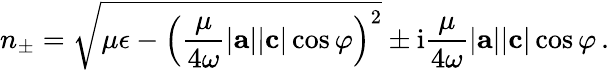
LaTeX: n_{\pm}=\sqrt{\mu\epsilon-\left(\frac{\mu}{{4\omega}}|\mathbf{a}||\mathbf{c}|\cos\varphi\right)^{2}}\pm\mathrm{i}\frac{\mu}{{4\omega}}|\mathbf{a}||\mathbf{c}|\cos\varphi\, .